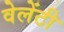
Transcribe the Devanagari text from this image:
वेलेंटी